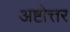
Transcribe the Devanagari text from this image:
अष्टोत्तर